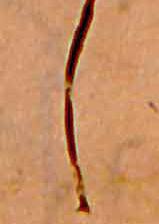
し